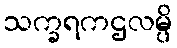
သက္ခရကဌလမ္ပိ